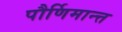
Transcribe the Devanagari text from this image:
पौर्णिमान्त्त